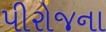
પીરોજના